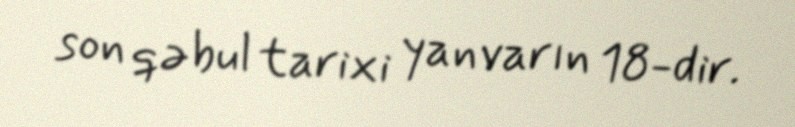
son qəbul tarixi yanvarın 18-dir.